Malaria in the Punjab - Number 46
Disease focus: Malaria
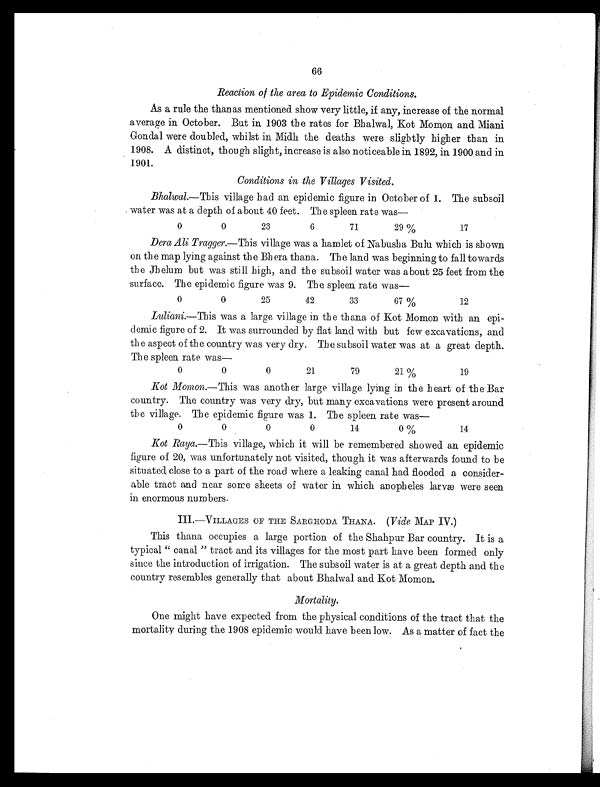
66
Reaction of the area to Epidemic Conditions.
As a rule the thanas mentioned show very little, if any, increase of the normal
average in October. But in 1903 the rates for Bhalwal, Kot Momon and Miani
Gondal were doubled, whilst in Midh the deaths were slightly higher than in
1908. A distinct, though slight, increase is also noticeable in 1892, in 1900 and in
1901.
Conditions in the Villages Visited.
Bhalwal.—This village had an epidemic figure in October of 1. The subsoil
water was at a depth of about 40 feet. The spleen rate was—
0
0
23
6
71
29 %
17
Dera Ali Tragger. —This village was a hamlet of Nabusha Bulu which is shown
on the map lying against the Bhera thana. The land was beginning to fall towards
the Jhelum but was still high, and the subsoil water was about 25 feet from the
surface. The epidemic figure was 9. The spleen rate was
—
0
0
25
42
33
67 %
12
Luliani.—This was a large village in the thana of Kot Momon with an epi-
demic figure of 2. It was surrounded by flat land with but few excavations, and
the aspect of the country was very dry. The subsoil water was at a great depth.
The spleen rate was
—
0
0
0
21
79
21 %
19
Kot Momon.—This was another large village lying in the heart of the Bar
country. The country was very dry, but many excavations were present around
the village. The epidemic figure was 1. The spleen rate was
—
0
0
0
0
14
0%
14
Kot Raya.—This village, which it will be remembered showed an epidemic
figure of 20, was unfortunately not visited, though it was afterwards found to be
situated close to a part of the road where a leaking canal had flooded a consider-
able tract and near some sheets of water in which anopheles larvæ were seen
in enormous numbers.
III.—VILLAGES OF THE SARGHODA THANA. ( Vide MAP IV.)
This thana occupies a large portion of the Shahpur Bar country. It is a
typical " canal " tract and its villages for the most part have been formed only
since the introduction of irrigation. The subsoil water is at a great depth and the
country resembles generally that about Bhalwal and Kot Momon.
Mortality.
One might have expected from the physical conditions of the tract that the
mortality during the 1908 epidemic would have been low. As a matter of fact the